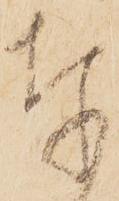
奉